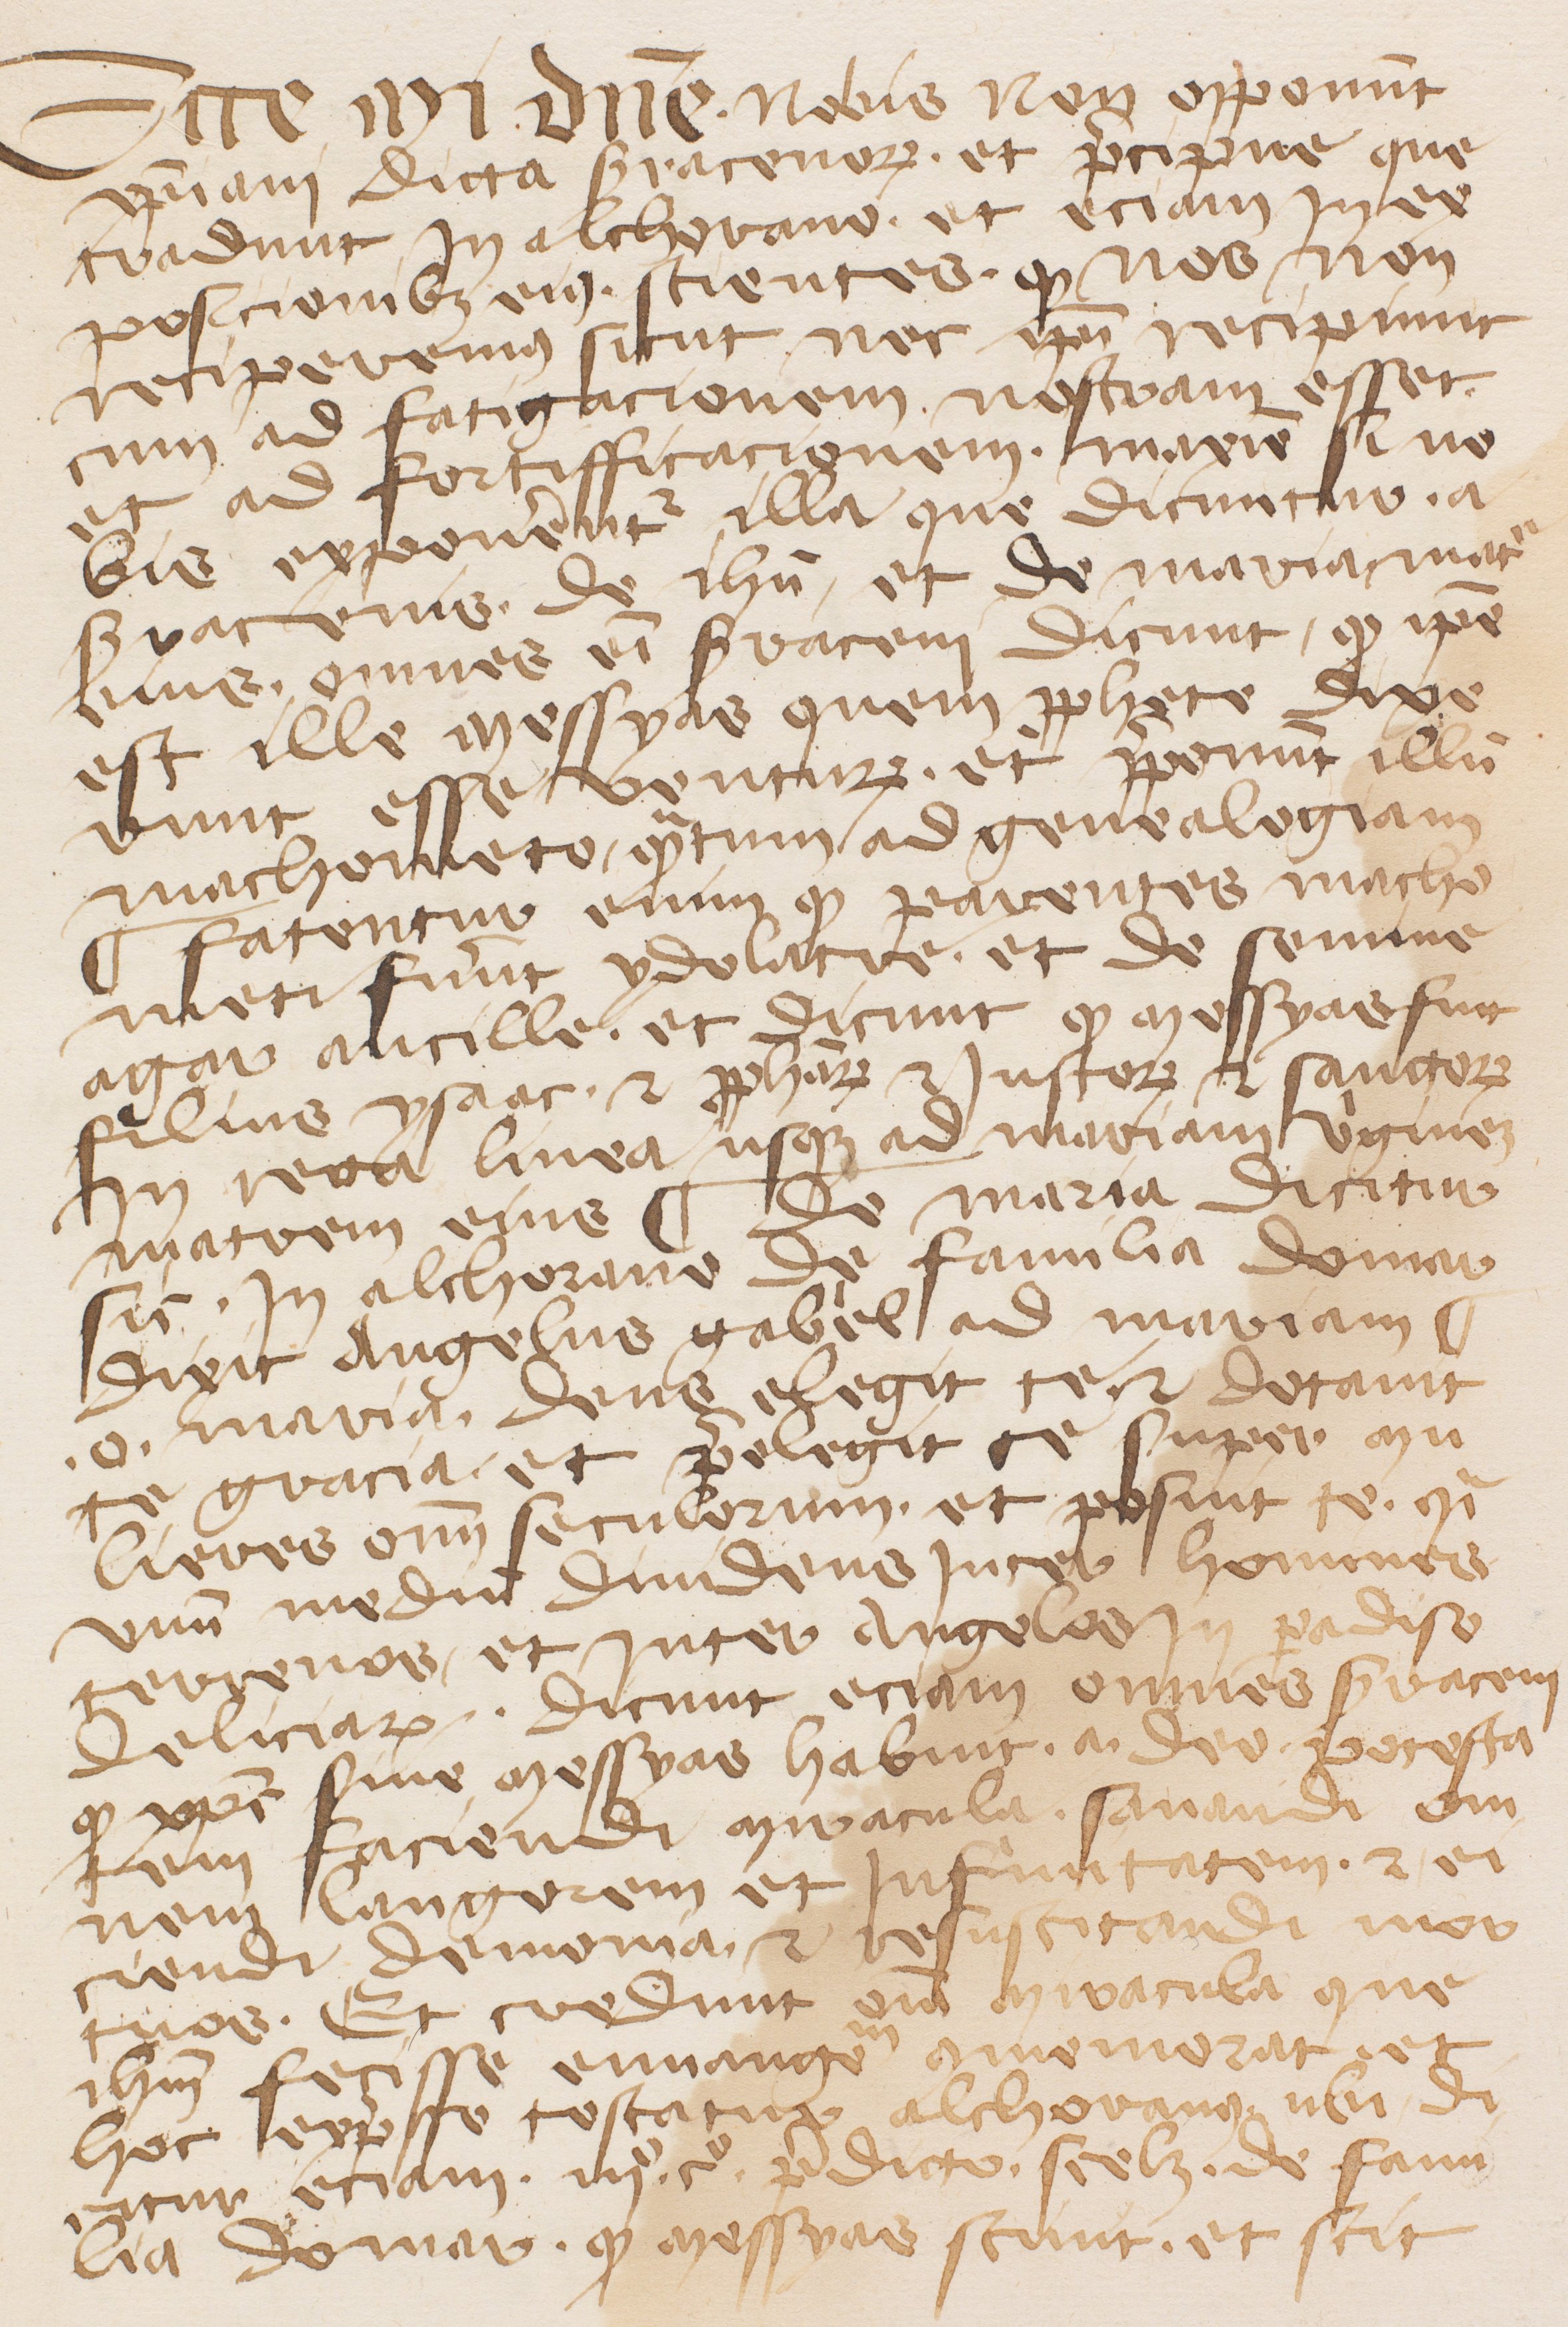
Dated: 1345–1355